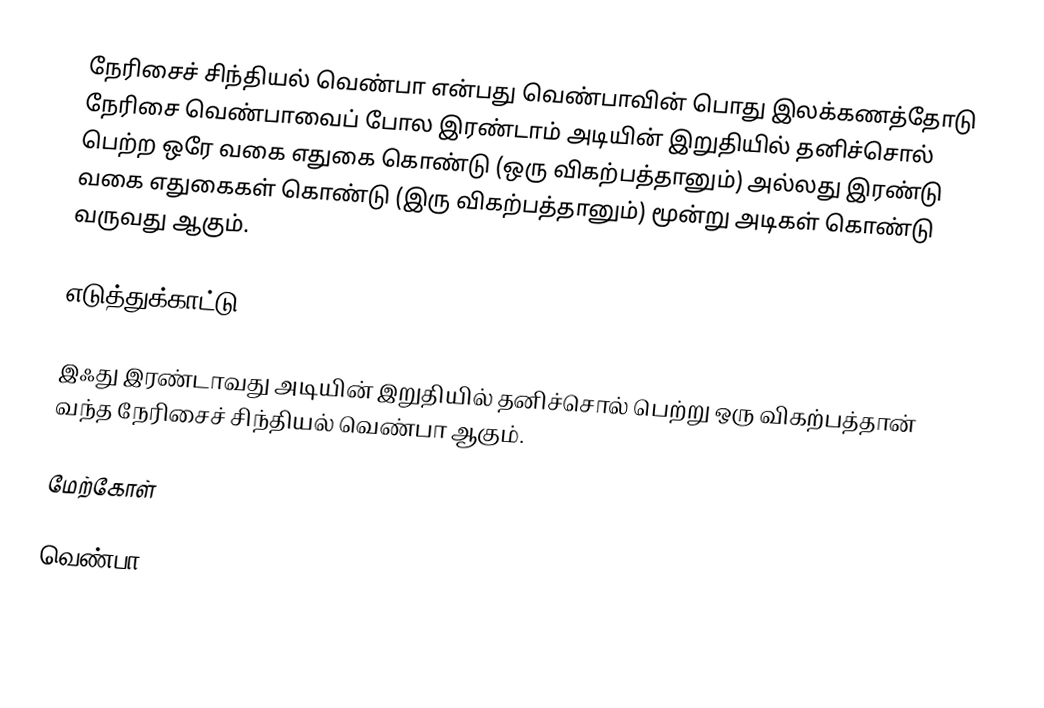
நேரிசைச் சிந்தியல் வெண்பா என்பது வெண்பாவின் பொது இலக்கணத்தோடு நேரிசை வெண்பாவைப் போல இரண்டாம் அடியின் இறுதியில் தனிச்சொல் பெற்ற ஒரே வகை எதுகை கொண்டு (ஒரு விகற்பத்தானும்) அல்லது இரண்டு வகை எதுகைகள் கொண்டு (இரு விகற்பத்தானும்) மூன்று அடிகள் கொண்டு வருவது ஆகும்.

எடுத்துக்காட்டு

இஃது இரண்டாவது அடியின் இறுதியில் தனிச்சொல் பெற்று ஒரு விகற்பத்தான் வந்த நேரிசைச் சிந்தியல் வெண்பா ஆகும்.

மேற்கோள்

வெண்பா